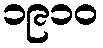
၁၉၁၀